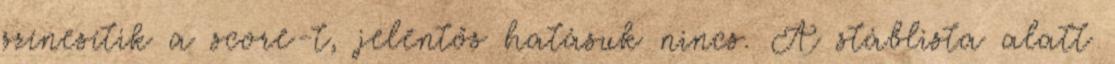
színesítik a score-t, jelentős hatásuk nincs. A stáblista alatt